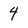
Character: 4